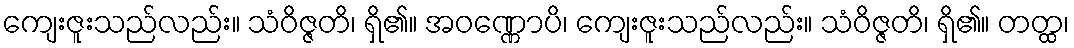
ကျေးဇူးသည်လည်း။ သံဝိဇ္ဇတိ၊ ရှိ၏။ အဝဏ္ဏောပိ၊ ကျေးဇူးသည်လည်း။ သံဝိဇ္ဇတိ၊ ရှိ၏။ တတ္ထ၊